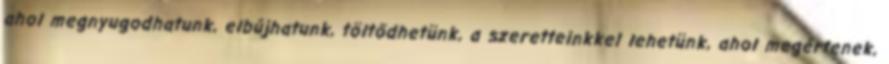
ahol megnyugodhatunk, elbújhatunk, töltődhetünk, a szeretteinkkel lehetünk, ahol megértenek,